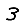
Digit: 3